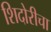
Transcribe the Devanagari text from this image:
शिदोरीचा